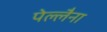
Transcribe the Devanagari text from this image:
पेल्लैना